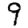
Digit: 9